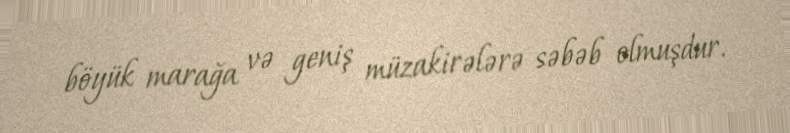
böyük marağa və geniş müzakirələrə səbəb olmuşdur.